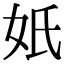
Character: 𡚼